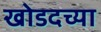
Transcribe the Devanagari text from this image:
खोडदच्या